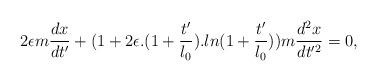
LaTeX: \begin{align*}2\epsilon m\frac{dx}{dt'}+(1+2\epsilon.(1+\frac{t'}{l_{0}}).ln(1+\frac{t'}{l_{0}}))m\frac{d^{2}x}{dt'^{2}}=0,\end{align*}